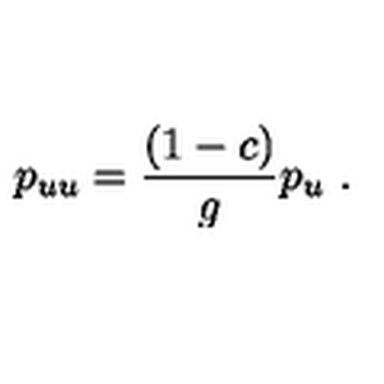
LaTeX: p _ { u u } = { \frac { ( 1 - c ) } { g } } p _ { u } \ .